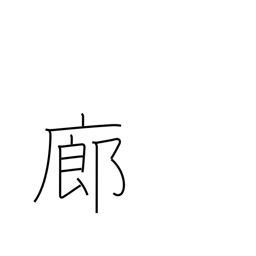
Meaning: corridor